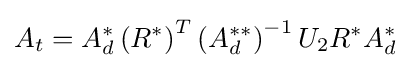
A_{t}=A_{d}^{*}\left(R^{*}\right)^{T}\left(A_{d}^{**}\right)^{-1}U_{2}R^{*}A_{d}^{*}